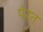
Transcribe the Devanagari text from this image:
पेरत